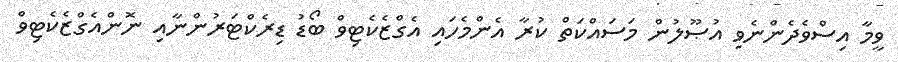
ވީމާ އިސްވެދެންނެވި އުޞޫލުން މަސައްކަތް ކުރާ އެންމެހައި އެގްޒެކެޓިވް ބޯޑު ޑިރެކްޓަރުންނާއި ނޮންއެގްޒެކެޓިވް